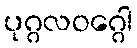
ပုဂ္ဂလဝဂ္ဂေါ